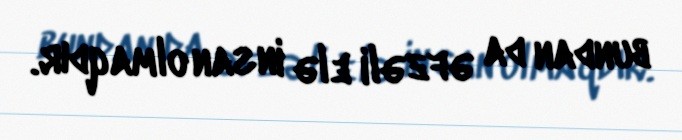
bundan da əfzəli elə insan olmaqdır.